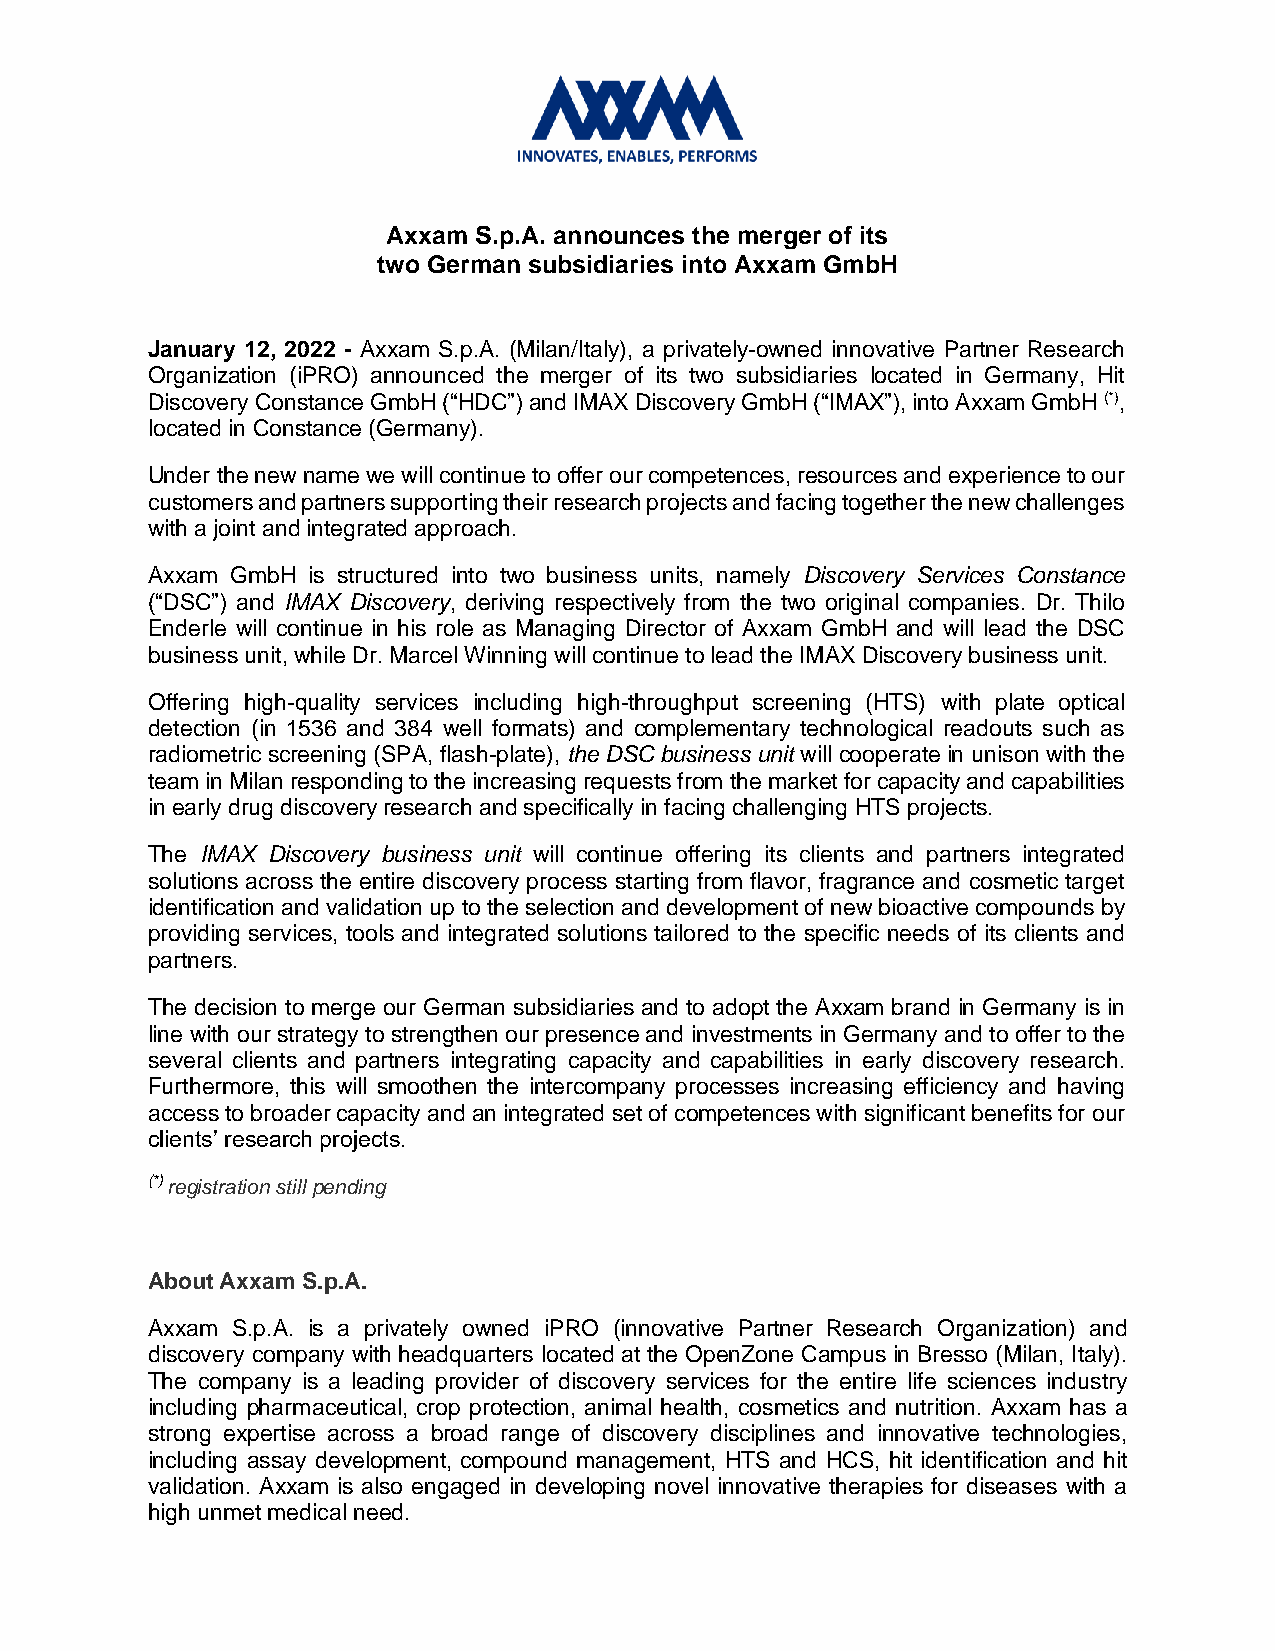
Axxam S.p.A. announces the merger of its
 two German subsidiaries into Axxam GmbH
 January 12, 2022 - Axxam S.p.A. (Milan/Italy), a privately-owned innovative Partner Research
 Organization (iPRO) announced the merger of its two subsidiaries located in Germany, Hit
 Discovery Constance GmbH (“HDC”) and IMAX Discovery GmbH (“IMAX”), into Axxam GmbH (*),
 located in Constance (Germany).
 Under the new name we will continue to offer our competences, resources and experience to our
 customers and partners supporting their research projects and facing together the new challenges
 with a joint and integrated approach.
 Axxam GmbH is structured into two business units, namely Discovery Services Constance
 (“DSC”) and IMAX Discovery, deriving respectively from the two original companies. Dr. Thilo
 Enderle will continue in his role as Managing Director of Axxam GmbH and will lead the DSC
 business unit, while Dr. Marcel Winning will continue to lead the IMAX Discovery business unit.
 Offering high-quality services including high-throughput screening (HTS) with plate optical
 detection (in 1536 and 384 well formats) and complementary technological readouts such as
 radiometric screening (SPA, flash-plate), the DSC business unit will cooperate in unison with the
 team in Milan responding to the increasing requests from the market for capacity and capabilities
 in early drug discovery research and specifically in facing challenging HTS projects.
 The IMAX Discovery business unit will continue offering its clients and partners integrated
 solutions across the entire discovery process starting from flavor, fragrance and cosmetic target
 identification and validation up to the selection and development of new bioactive compounds by
 providing services, tools and integrated solutions tailored to the specific needs of its clients and
 partners.
 The decision to merge our German subsidiaries and to adopt the Axxam brand in Germany is in
 line with our strategy to strengthen our presence and investments in Germany and to offer to the
 several clients and partners integrating capacity and capabilities in early discovery research.
 Furthermore, this will smoothen the intercompany processes increasing efficiency and having
 access to broader capacity and an integrated set of competences with significant benefits for our
 clients’ research projects.
 (*) registration still pending
 About Axxam S.p.A.
 Axxam S.p.A. is a privately owned iPRO (innovative Partner Research Organization) and
 discovery company with headquarters located at the OpenZone Campus in Bresso (Milan, Italy).
 The company is a leading provider of discovery services for the entire life sciences industry
 including pharmaceutical, crop protection, animal health, cosmetics and nutrition. Axxam has a
 strong expertise across a broad range of discovery disciplines and innovative technologies,
 including assay development, compound management, HTS and HCS, hit identification and hit
 validation. Axxam is also engaged in developing novel innovative therapies for diseases with a
 high unmet medical need.